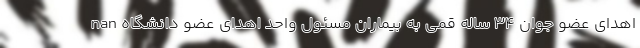
nan اهدای عضو جوان 34 ساله قمی به بیماران مسئول واحد اهدای عضو دانشگاه